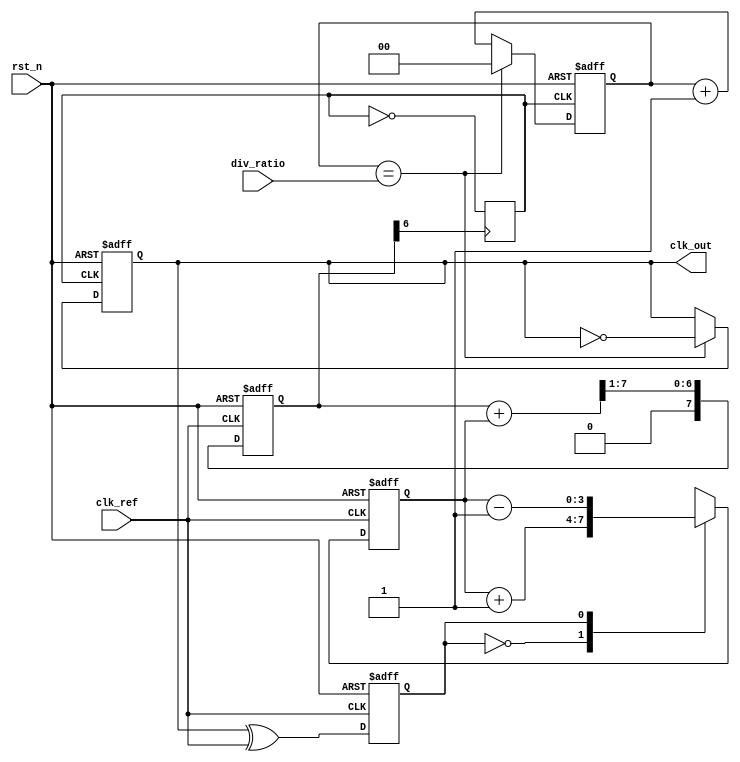
module low_jitter_pll (
    input wire clk_ref,            // Input reference clock
    input wire rst_n,              // Active-low reset
    input wire [1:0] div_ratio,    // Division ratio for feedback (programmable)
    output wire clk_out            // Output clock signal
);

// Phase Detector
reg phase_error;                  // Phase error output
reg clk_feedback;                 // Feedback clock signal from VCO

always @(posedge clk_ref or negedge rst_n) begin
    if (!rst_n)
        phase_error <= 0;
    else
        phase_error <= clk_feedback ^ clk_ref;  // Simple XOR for phase detection
end

// Charge Pump
reg cp_out;                       // Charge pump output
reg [3:0] charge_pump_current;    // Current from charge pump

always @(posedge clk_ref or negedge rst_n) begin
    if (!rst_n)
        charge_pump_current <= 4'b0000;
    else begin
        case (phase_error)
            1'b0: charge_pump_current <= charge_pump_current + 1; // Increase current
            1'b1: charge_pump_current <= charge_pump_current - 1; // Decrease current
            default: charge_pump_current <= charge_pump_current;
        endcase
    end
end

// Loop Filter (Simple RC Filter Simulation)
reg [7:0] loop_filter_output;     // Output of Loop Filter

always @(posedge clk_ref or negedge rst_n) begin
    if (!rst_n)
        loop_filter_output <= 8'b00000000;
    else
        loop_filter_output <= (loop_filter_output + charge_pump_current) >> 1; // Simple averaging
end

// Voltage-Controlled Oscillator (VCO)
reg vco_output;                   // Oscillator output clock

always @(posedge loop_filter_output[6]) begin // Example control on a specific bit
    vco_output <= ~vco_output;
end

// Frequency Divider
reg [1:0] div_counter;            // Counter for division

always @(posedge vco_output or negedge rst_n) begin
    if (!rst_n) begin
        div_counter <= 2'b00;
        clk_feedback <= 1'b0;
    end else begin
        if (div_counter == div_ratio) begin
            clk_feedback <= ~clk_feedback; // Toggle feedback clock
            div_counter <= 2'b00;
        end else begin
            div_counter <= div_counter + 1;
        end
    end
end

// Output Buffer
assign clk_out = clk_feedback;   // Final output clock signal

endmodule